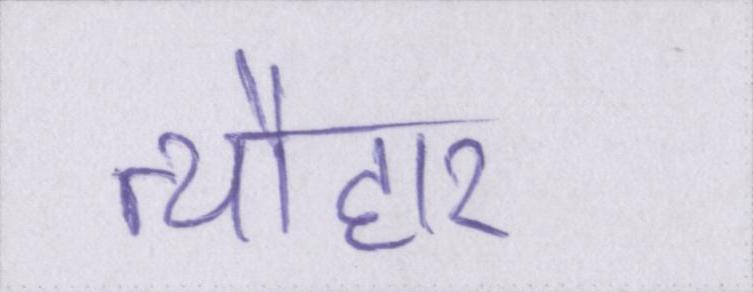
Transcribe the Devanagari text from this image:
त्यौहार